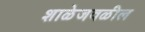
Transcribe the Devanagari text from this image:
शाळेजवळील